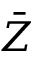
\bar { Z }